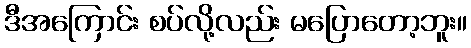
ဒီအကြောင်း စပ်လို့လည်း မပြောတော့ဘူး။